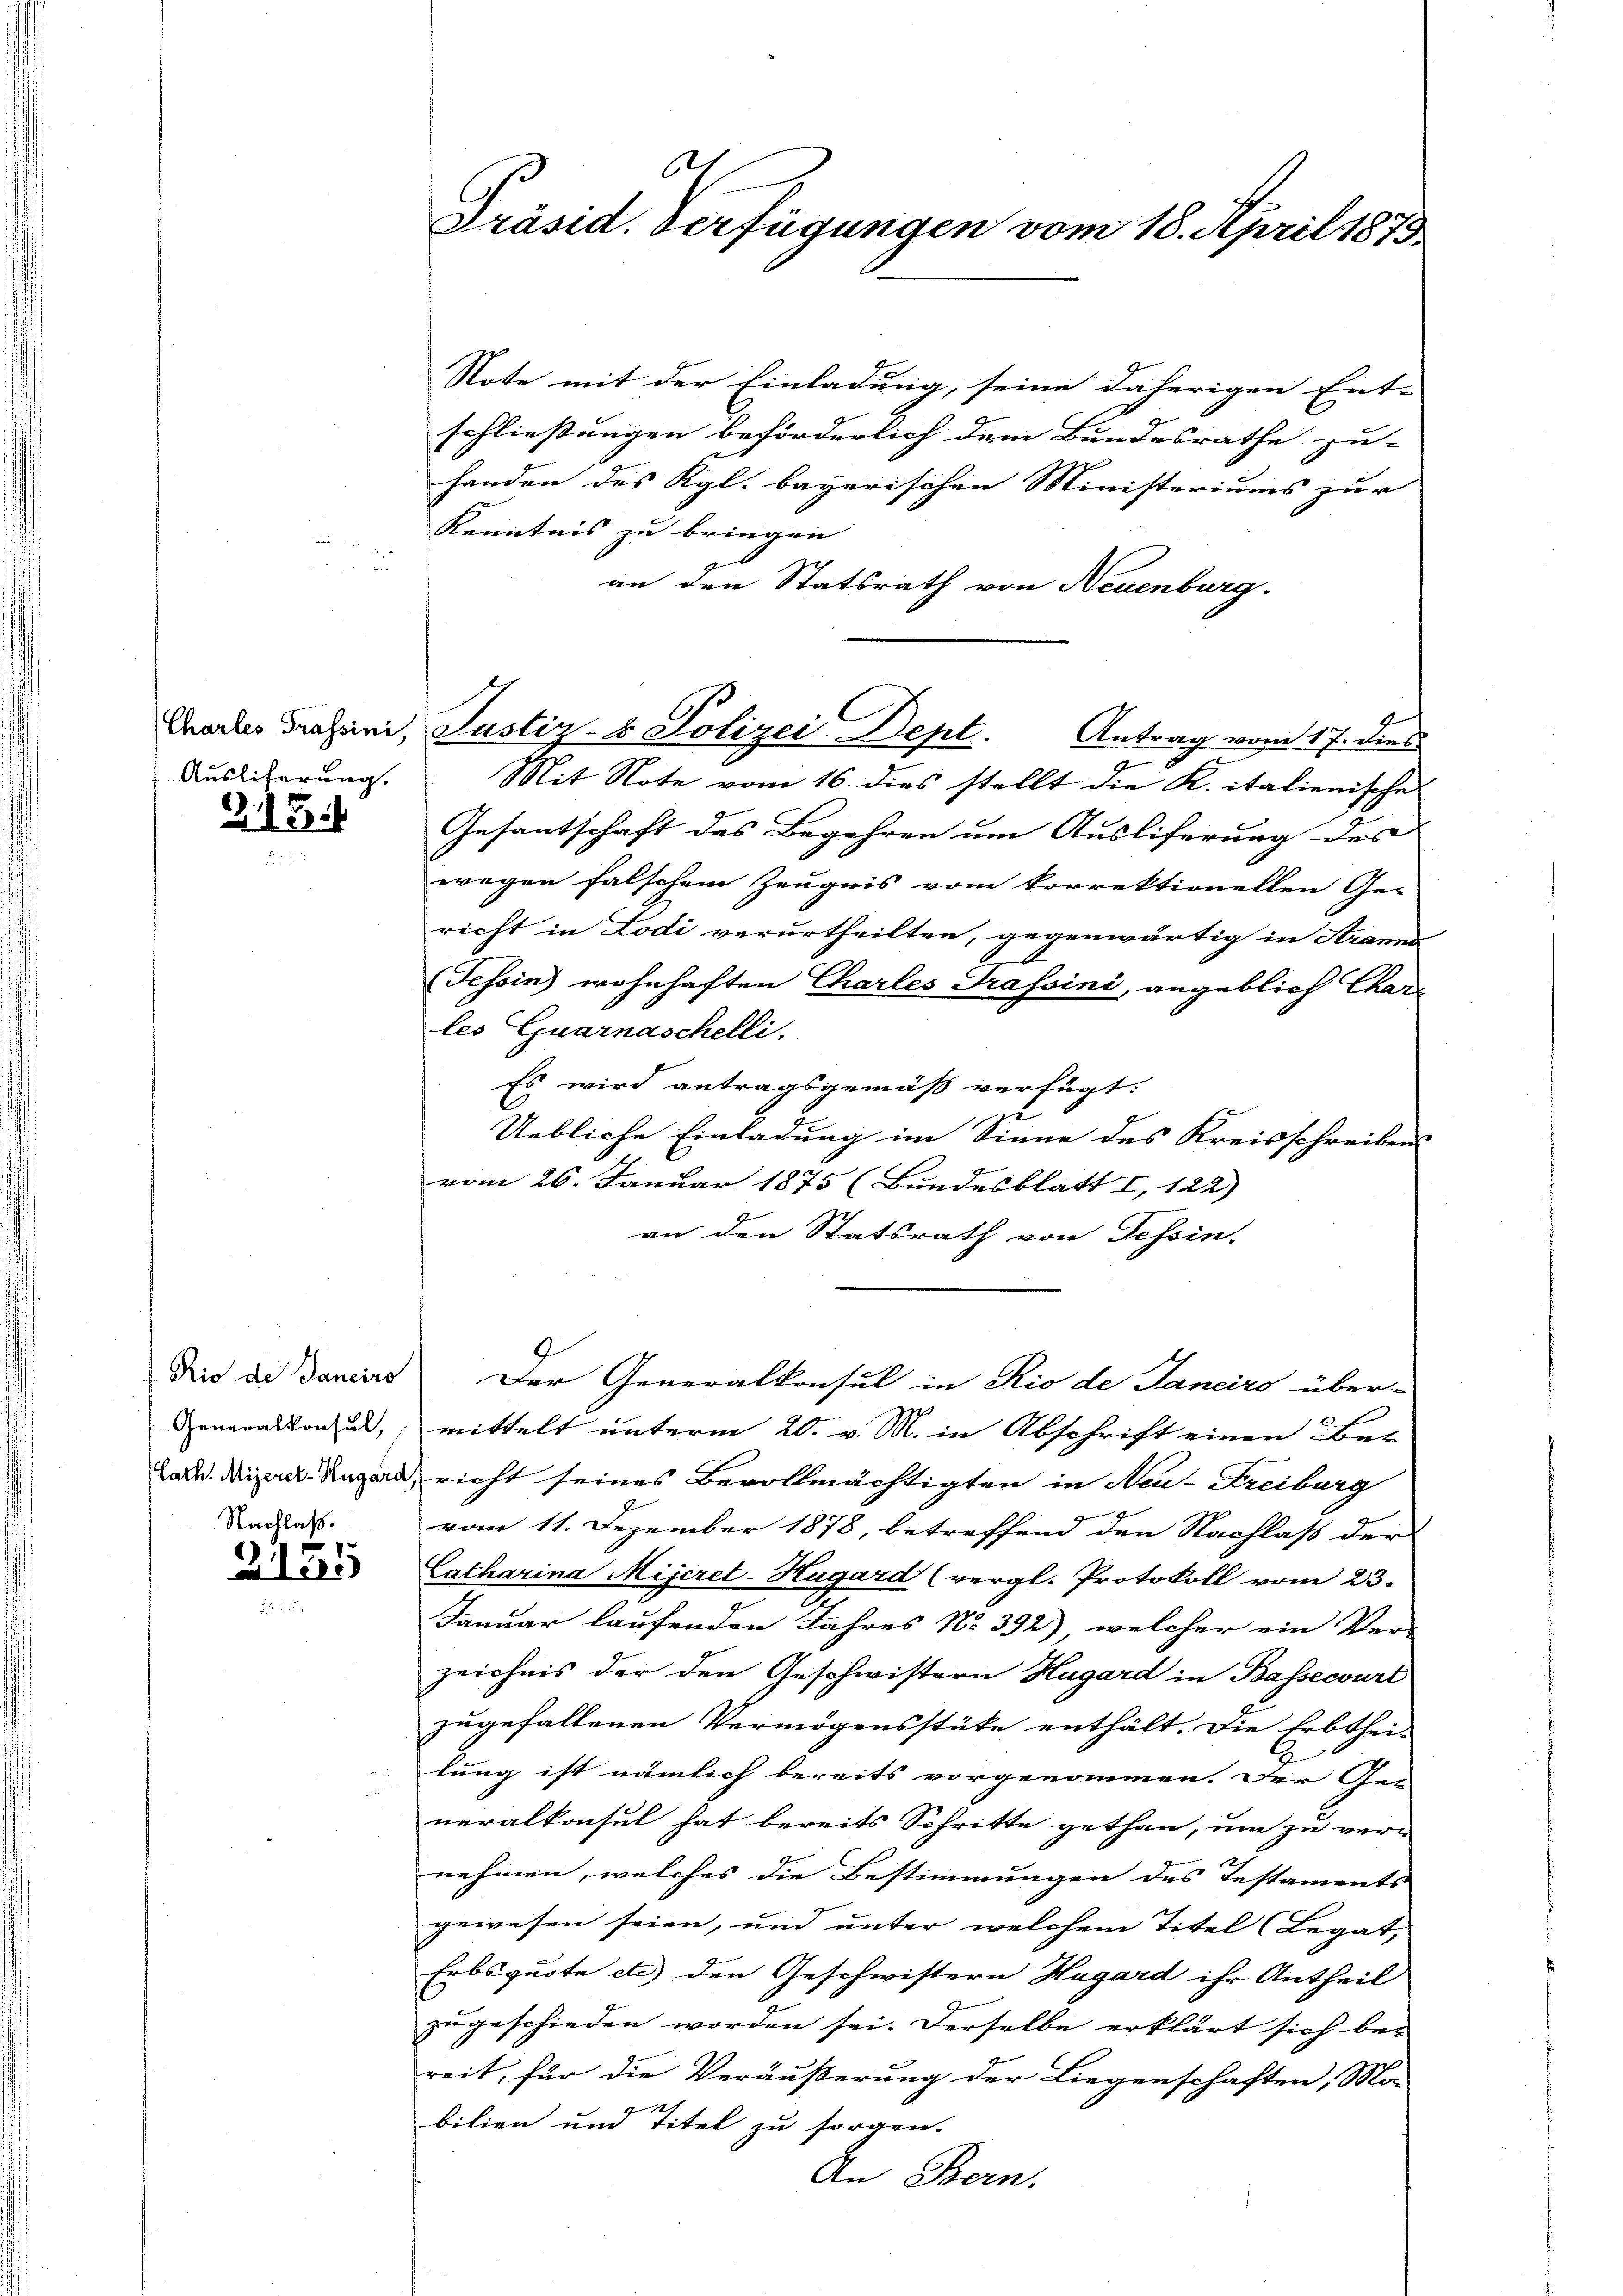
Ausliferung.

Z. 113.

Rio de Sanciro
Generalkonsul,
Nachlaß.

s
3155

621
Präsid. Verfügungen vom 18. April 1873

Chorher Profani, Justiz- & Polizei-Dept. Antrag vom 17. dies

Note mit der Einladung, seine daherigen Ent-
schließungen beförderlich dem Bundesrathe zu-
handen des Kgl. bayerischen Ministeriums zur |
Kenntnis zu bringen
an den Statsrath von Neuenburg.
Mit Note vom 16. dies stellt die K. italienische
Gesantschaft des Begehren um Ausliferung des |
wegen falschem Zeugnis vom korrektionellen Ge-
richt in Lodi verurtheilten, gegenwärtig in Arann
Tessin wohnhaften Charles Trassini, angeblich Char
les Quarnaschelli
Es wird antragsgemäß verfügt:
.
Uebliche Einladung im Sinne des Kreisschreibens
vom 26. Januar 1875 (Bundesblatt I, 122)
an den Statsrath von Tessin.
9
Der Generalkonsul in Rio de Janeiro über-
mittelt unterm 20. v. M. in Abschrift einen Bei-
Lal. Die Lazard, richt seines Bevollmächtigten in Neu-Freiburg
vom 11. Dezember 1878, betreffend den Nachlaß der
Catharina Mijeret-Hugard (vergl. Protokoll vom 23.
Januar laufenden Jahres No 392), welcher ein Ver-
zeichnis der den Geschwistern Hugard in Bassecouri
zugefallenen Vermögensstüke enthält. Die Erbthei-
lung ist nämlich bereits vorgenommen. Der Ge-
neralkonsul hat bereits Schritte gethan, um zu vern
nehmen, welches die Bestimmungen des Testaments
gewesen seien, und unter welchem Titel (Legat,
Erbsquote etc.) den Geschwistern Hagard ihr Antheil
zugeschieden worden sei. Derselbe erklärt sich be-
reit, für die Veräußerung der Liegenschaften, Mo-
x
bilien und Titel zu sorgen.
An Bern.